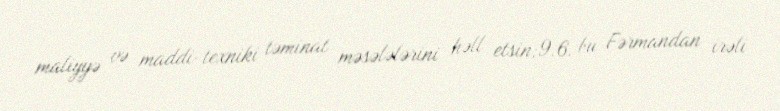
maliyyə və maddi-texniki təminat məsələlərini həll etsin;9.6. bu Fərmandan irəli